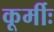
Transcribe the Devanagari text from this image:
कूर्मीः